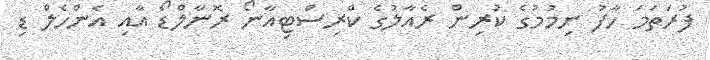
ފުރަތަމަ ހާފު ނިމުމުގެ ކުރިން ރެއާލުގެ ކްރިސްޓިއާނޯ ރޮނާލްޑޯ އާއި އެންހެލް ޑި